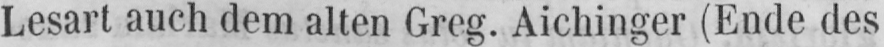
Lesart auch dem alten Greg. Aichinger (Ende des